Reports on military cantonments and civil stations in the Presidency of Bombay inspected by the Sanitary Commissioner in the years 1875 and 1876
Year: 1875
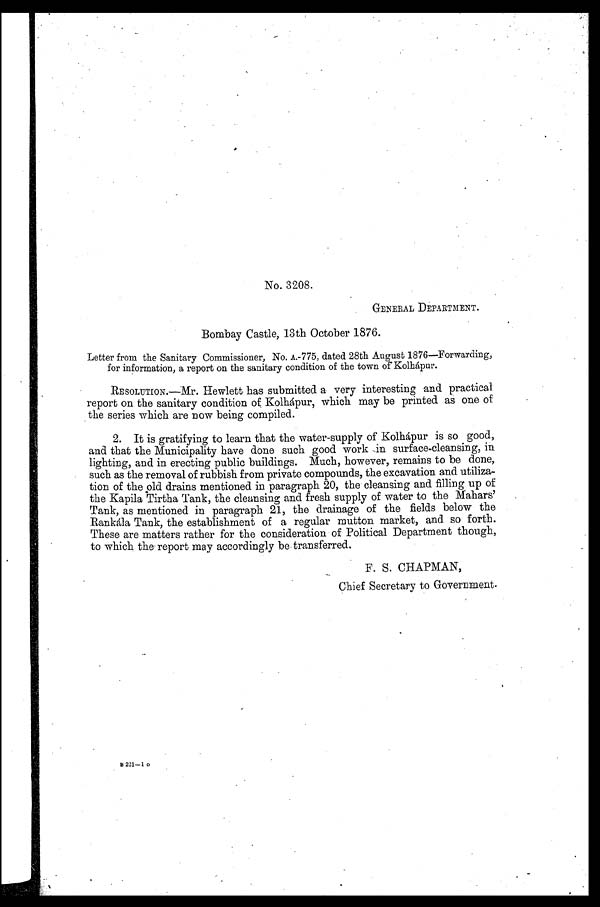
No. 3208.
GENERAL DEPARTMENT.
Bombay Castle, 13th October 1876.
Letter from the Sanitary Commissioner, No. A.-775, dated 28th August 1876—Forwarding,
for information, a report on the sanitary condition of the town of Kolhápur.
RESOLUTION.—Mr. Hewlett has submitted a very interesting and practical
report on the sanitary condition of Kolhápur, which may be printed as one of
the series which are now being compiled.
2. It is gratifying to learn that the water-supply of Kolhápur is so good,
and that the Municipality have done such good work in surface-cleansing, in
lighting, and in erecting public buildings. Much, however, remains to be done,
such as the removal of rubbish from private compounds, the excavation and utiliza--
tion of the old drains mentioned in paragraph 20, the cleansing and filling up of
the Kapila Tirtha Tank, the cleansing and fresh supply of water to the Mahars'
Tank, as mentioned in paragraph 21, the drainage of the fields below the
Rankála Tank, the establishment of a regular mutton market, and so forth.
These are matters rather for the consideration of Political Department though,
to which the report may accordingly be transferred.
F. S. CHAPMAN,
Chief Secretary to Government.